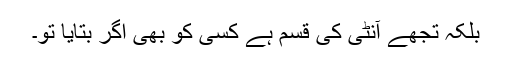
بلکہ تجھے آنٹی کی قسم ہے کسی کو بھی اگر بتایا تو۔